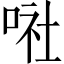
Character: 𠶈